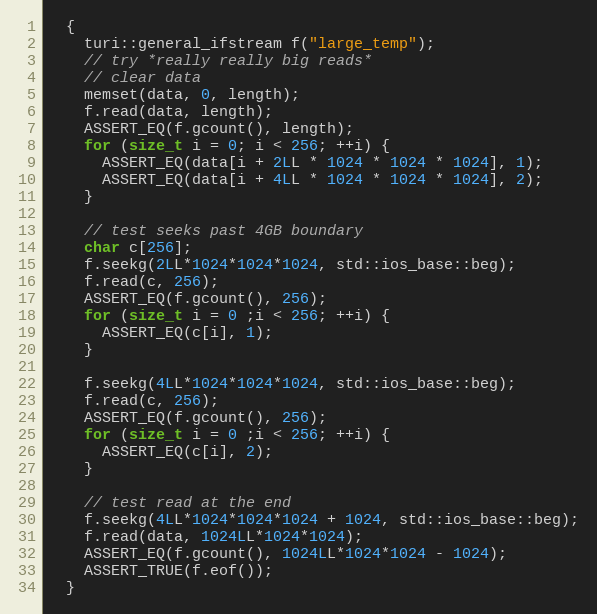
Language: C++
  {
    turi::general_ifstream f("large_temp");
    // try *really really big reads*
    // clear data
    memset(data, 0, length);
    f.read(data, length);
    ASSERT_EQ(f.gcount(), length);
    for (size_t i = 0; i < 256; ++i) {
      ASSERT_EQ(data[i + 2LL * 1024 * 1024 * 1024], 1);
      ASSERT_EQ(data[i + 4LL * 1024 * 1024 * 1024], 2);
    }

    // test seeks past 4GB boundary
    char c[256];
    f.seekg(2LL*1024*1024*1024, std::ios_base::beg);
    f.read(c, 256);
    ASSERT_EQ(f.gcount(), 256);
    for (size_t i = 0 ;i < 256; ++i) {
      ASSERT_EQ(c[i], 1);
    }

    f.seekg(4LL*1024*1024*1024, std::ios_base::beg);
    f.read(c, 256);
    ASSERT_EQ(f.gcount(), 256);
    for (size_t i = 0 ;i < 256; ++i) {
      ASSERT_EQ(c[i], 2);
    }

    // test read at the end
    f.seekg(4LL*1024*1024*1024 + 1024, std::ios_base::beg);
    f.read(data, 1024LL*1024*1024);
    ASSERT_EQ(f.gcount(), 1024LL*1024*1024 - 1024);
    ASSERT_TRUE(f.eof());
  }